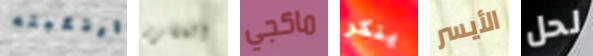
ارتكبته المقرر ماكجي ينكر الأيسر لحل